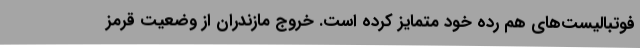
فوتبالیست‌های هم رده خود متمایز کرده است. خروج مازندران از وضعیت قرمز